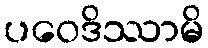
ပဝေဒိဿာမိ